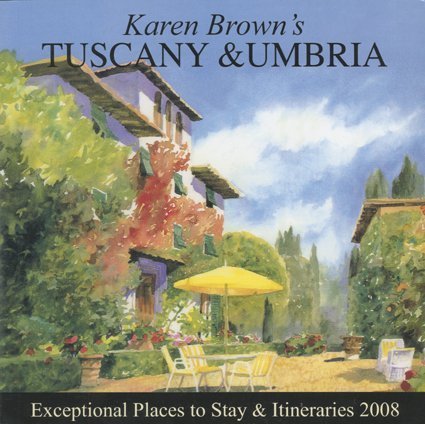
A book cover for Karen Brown's Tuscany & Umbria 2008: Exceptional Places to Stay and Itineraries (Karen Brown's Tuscany & Umbria: Exceptional Places to Stay & Itineraries); Clare Brown; Travel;